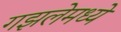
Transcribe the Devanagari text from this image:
गझलेमध्ये